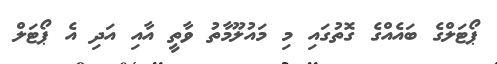
ޕޯޓަލްގެ ބައެއްގެ ގޮތުގައި މި މައުލޫމާތު ވާތީ އާއި އަދި އެ ޕޯޓަލް